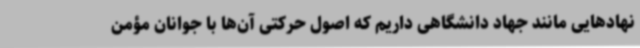
نهادهایی مانند جهاد دانشگاهی داریم که اصول حرکتی آن‌ها با جوانان مؤمن